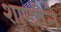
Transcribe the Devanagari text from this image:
शास्त्रीने